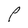
Character: P